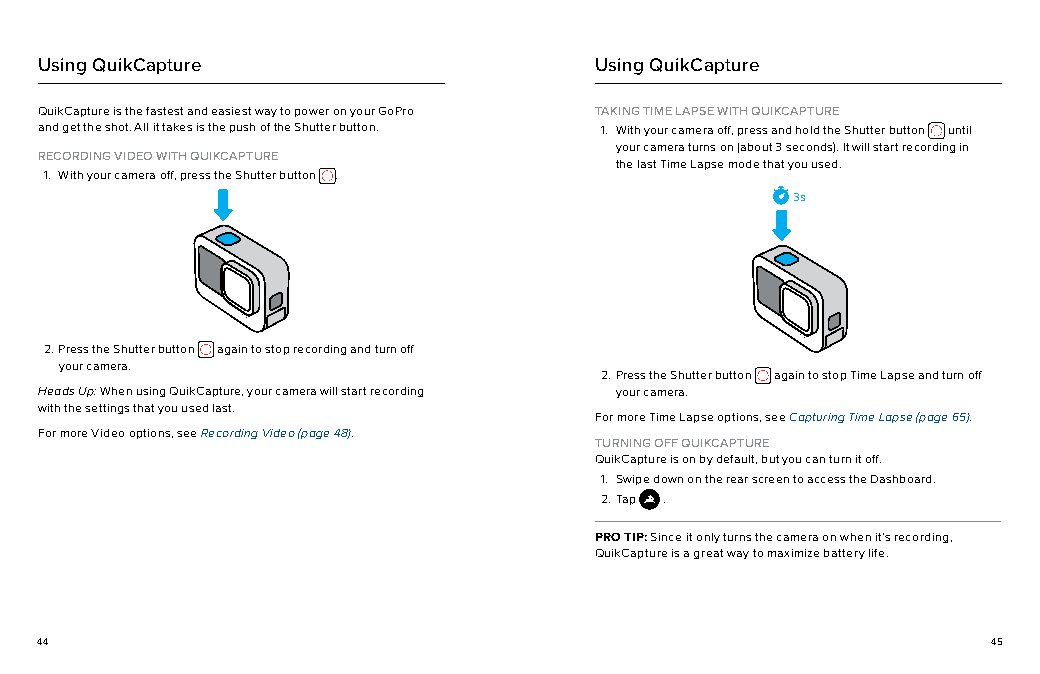
Using QuikCapture                    Using QuikCapture
 QuikCapture is the fastest and easiest way to power on your GoPro TAKING TIME LAPSE WITH QUIKCAPTURE
 and get the shot. All it takes is the push of the Shutter button. 1. With your camera off, press and hold the Shutter button until
 your camera turns on (about 3 seconds). It will start recording in
 RECORDING VIDEO WITH QUIKCAPTURE
 the last Time Lapse mode that you used.
 1. With your camera off, press the Shutter button .
 3s
 2. Press the Shutter button again to stop recording and turn off
 your camera.
 2. Press the Shutter button again to stop Time Lapse and turn off
 Heads Up: When using QuikCapture, your camera will start recording your camera.
 with the settings that you used last.
 For more Time Lapse options, see Capturing Time Lapse (page 65).
 For more Video options, see Recording Video (page 48).
 TURNING OFF QUIKCAPTURE
 QuikCapture is on by default, but you can turn it off.
 1. Swipe down on the rear screen to access the Dashboard.
 2. Tap .
 PRO TIP: Since it only turns the camera on when it’s recording,
 QuikCapture is a great way to maximize battery life.
 44                                                              45